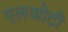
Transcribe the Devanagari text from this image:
एलओटी